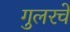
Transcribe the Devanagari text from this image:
गुलरचे